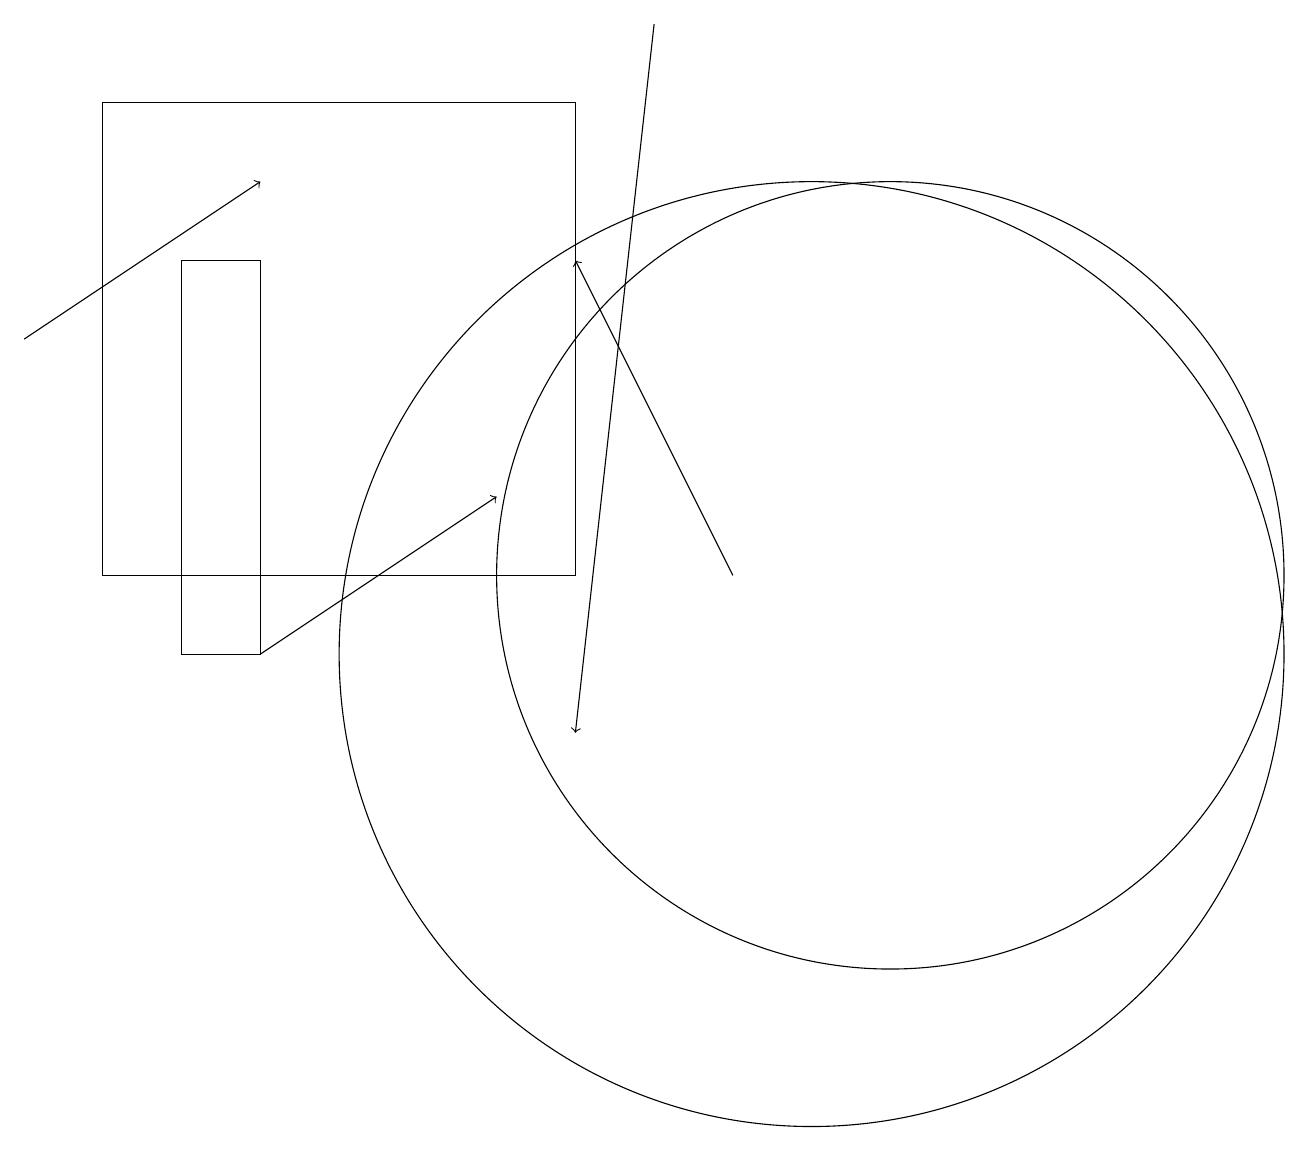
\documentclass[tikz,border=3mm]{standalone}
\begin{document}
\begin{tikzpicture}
\draw (10,11) circle (6);
\draw (3,11) rectangle (2,16);
\draw[->] (0,15) -- (3,17);
\draw[->] (8,19) -- (7,10);
\draw[->] (9,12) -- (7,16);
\draw (11,12) circle (5);
\draw (1,12) rectangle (7,18);
\draw[->] (3,11) -- (6,13);
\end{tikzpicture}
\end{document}